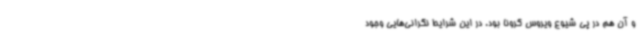
و آن هم در پی شیوع ویروس کرونا بود. در این شرایط نگرانی‌هایی وجود